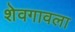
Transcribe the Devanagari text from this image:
शेवगावला